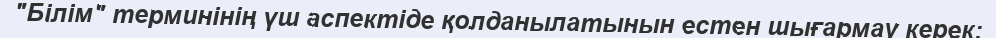
"Білім" терминінің үш аспектіде қолданылатынын естен шығармау керек: